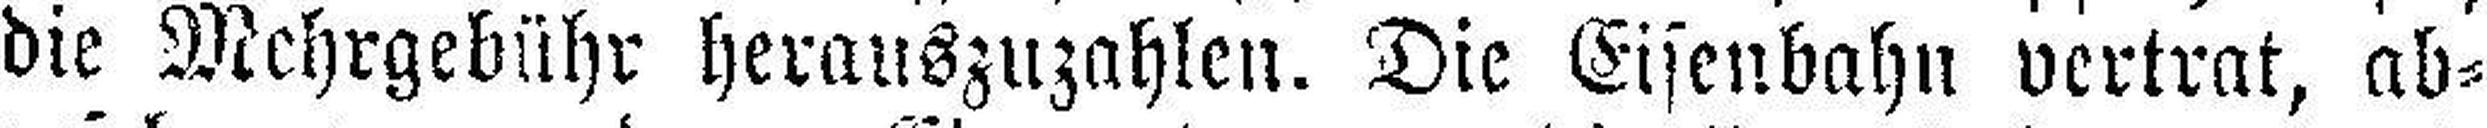
die Mehrgebühr herauszuzahlen. Die Eisenbahn vertrat, ab¬